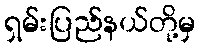
ရှမ်းပြည်နယ်တို့မှ